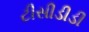
ટીસીડીડી